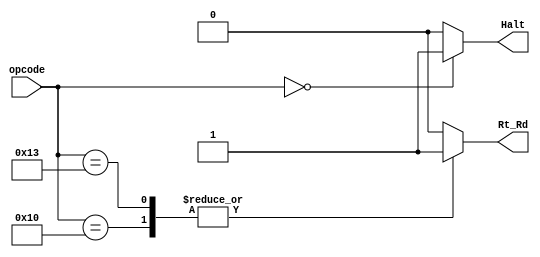
/* Author: Yunhe Liu & Wenxuan Mao
 * Team: MacroHard
 * Control for ID Stage.
 */
module ID_control(
	//outputs
	Rt_Rd,
	Halt,
	
	//input
	opcode
);

	output reg Rt_Rd;
        output reg Halt;

	input [4:0] opcode;
	
	always @ *
	begin
	        Rt_Rd = 1'b0;		//ID
	        Halt = 1'b0;		//ID

		case(opcode)
			5'b00000 : //TODO - HALT_1/38
			begin	
				Halt = 1'b1;
			end

			5'b10000 : //ST_11/38
			begin	
				Rt_Rd = 1'b1;
			end

			5'b10011 : //STU_13/38
			begin	
				Rt_Rd = 1'b1;
			end

			default: //TODO
			begin	
				Halt = 1'b0;
			end
	
		endcase
	end
	
endmodule